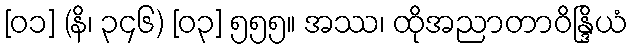
[၀၁] (နိ၊ ၃၄၆) [၀၃] ၅၅၅။ အဿ၊ ထိုအညာတာဝိန္ဒြိယံ